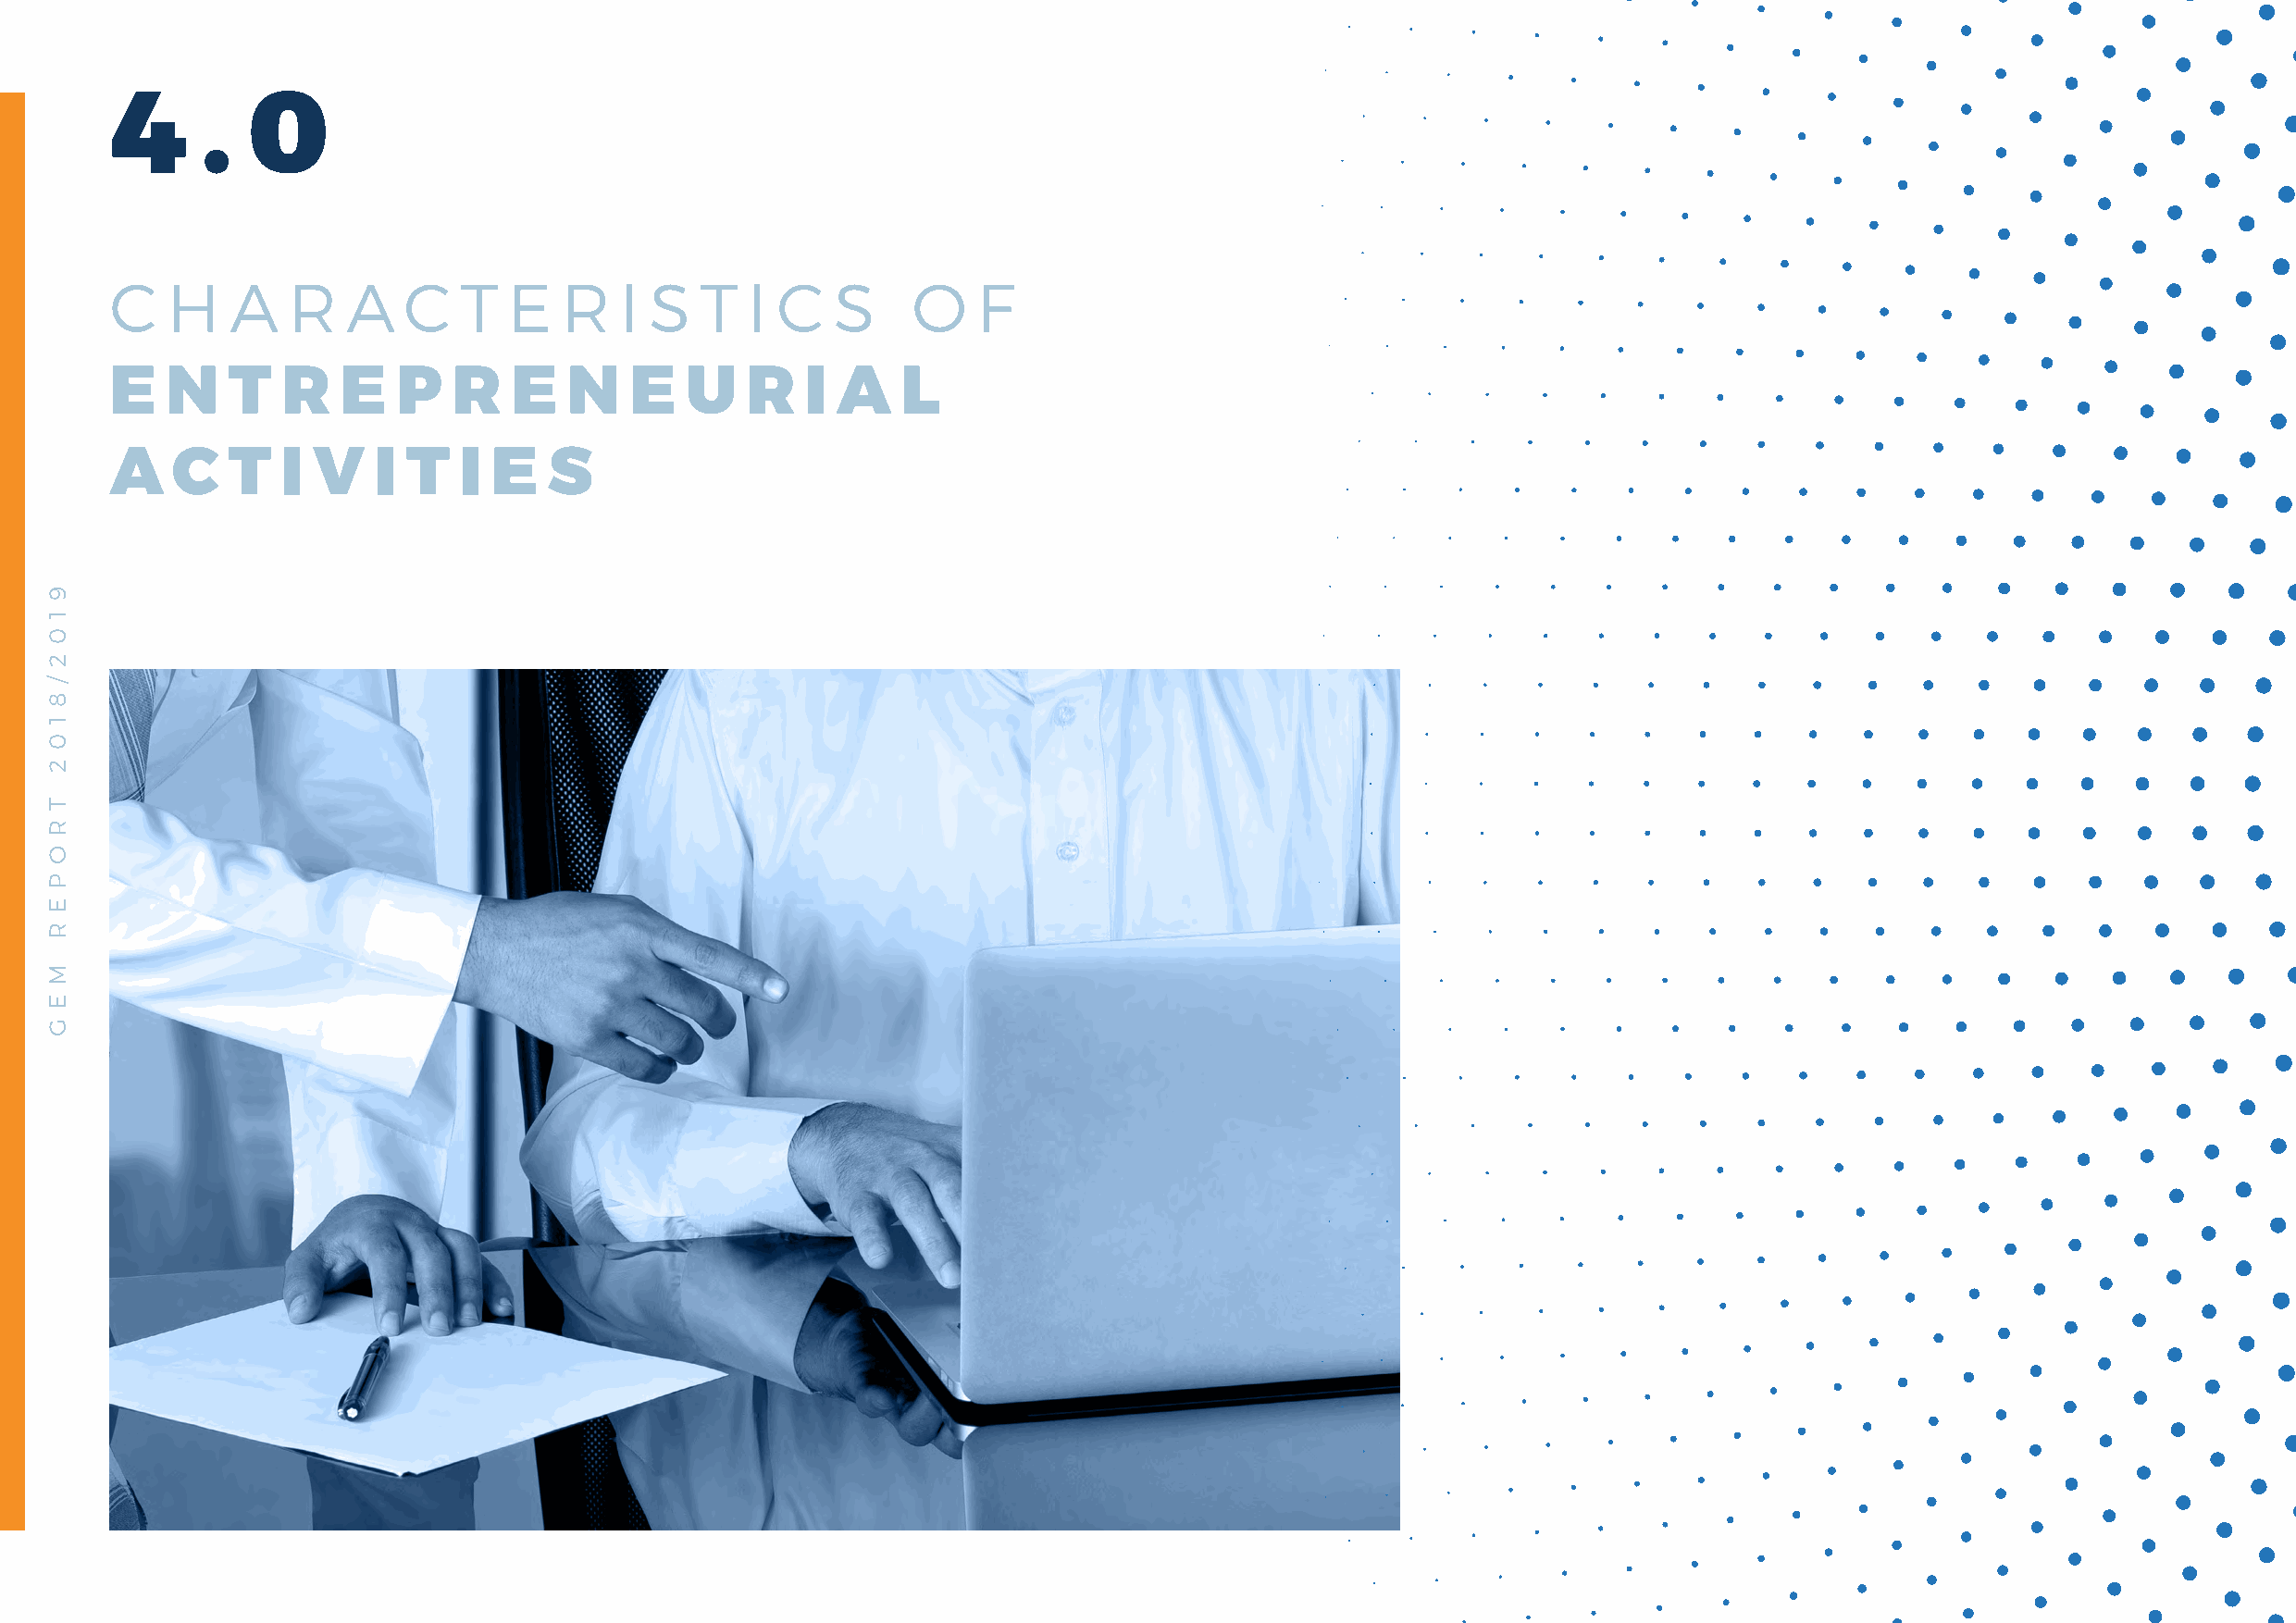
4     .   0
 C   H   A    R   A   C   T  E   R   I S   T  I  C   S    O    F
 E   N   T   R   E   P   R    E   N   E   U   R    I A   L
 A   C   T   I V    I T   I E   S
 9
 1
 0
 2
 /
 8
 1
 0
 2
 T
 R
 O
 P
 E
 R
 M
 E
 G